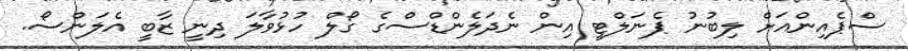
ސްޕެއިންއަށް ލިބުނު ޕެނަލްޓީ އިން ނެދަލެންޑްސްގެ ގޯލް ހުޅުވާލަ ދިނީ ޒާބީ އެލަންސޯ.